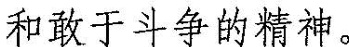
和敢于斗争的精神。